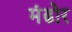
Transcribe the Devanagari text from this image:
मंढोर